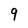
Character: 9